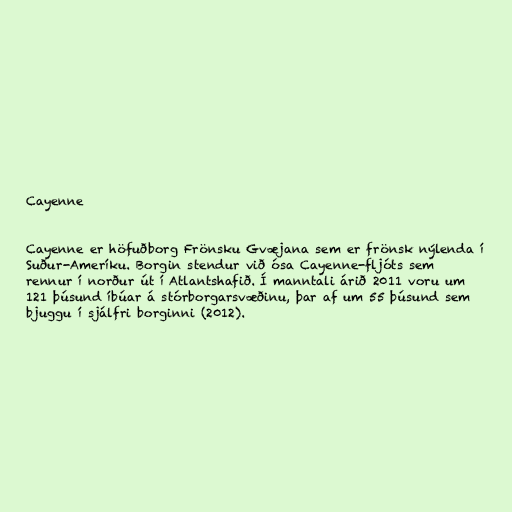
Cayenne

Cayenne er höfuðborg Frönsku Gvæjana sem er frönsk nýlenda í
Suður-Ameríku. Borgin stendur við ósa Cayenne-fljóts sem
rennur í norður út í Atlantshafið. Í manntali árið 2011 voru um
121 þúsund íbúar á stórborgarsvæðinu, þar af um 55 þúsund sem
bjuggu í sjálfri borginni (2012).